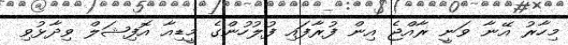
މިހާރު އޭނާ ވަނީ ރާއްޖެ އިން ފުރާފައި ފުލުހުންގެ މީޑިއާ އޮފިޝަލް ވިދާޅުވި